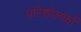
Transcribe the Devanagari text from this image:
परिशोलकों